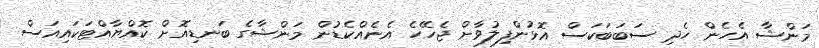
މަންޝާ އެހެން ހެދި ސަބަބަކަސް އޮޅުންފިލުވާށް ޖެހޭހެ އެނެއްކެޑުން މަންޝާގެ ބަނޑިއޮށް ކޮއްޔާއްޓަކައިއަސް